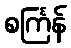
စင်္ကြန်